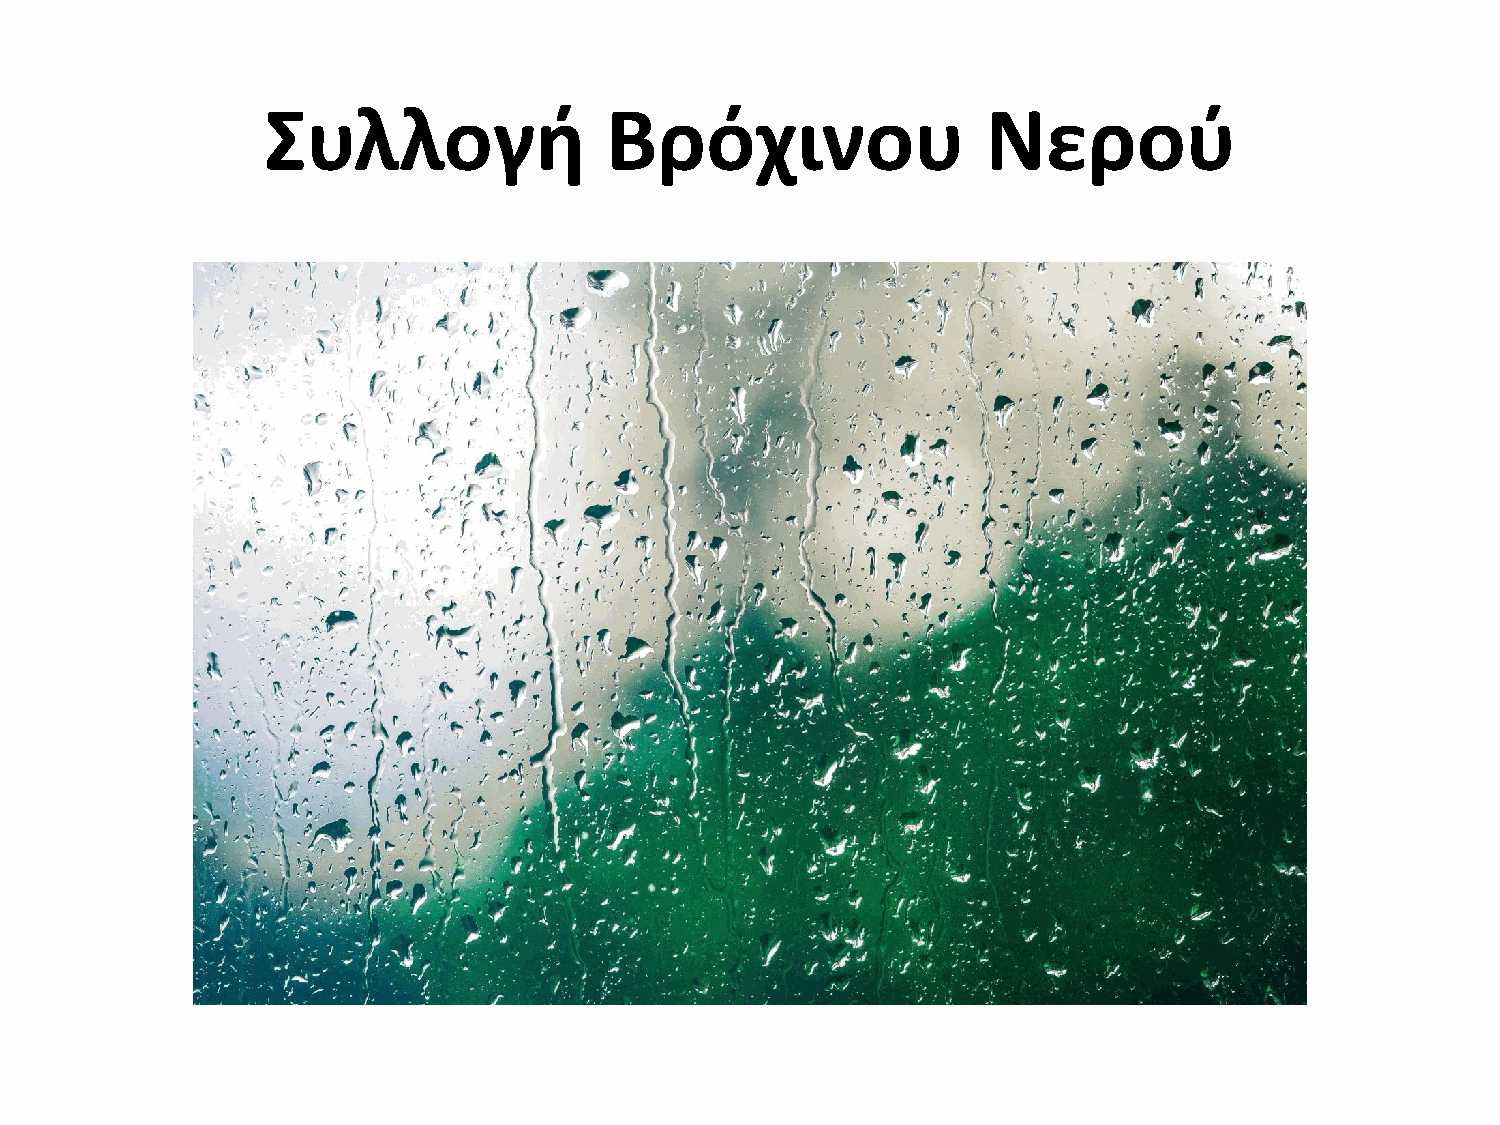
΢υλλογή                Βρόχινου                 Νεροφ